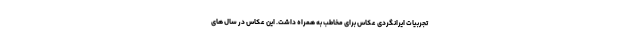
تجربیات ایرانگردی عکاس برای مخاطب به همراه داشت. این عکاس در سال های